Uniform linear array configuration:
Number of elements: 48
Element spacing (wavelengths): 0.5
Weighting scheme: kaiser
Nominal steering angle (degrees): -15
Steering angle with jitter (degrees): -15.946
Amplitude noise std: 0.05
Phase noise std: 0.05

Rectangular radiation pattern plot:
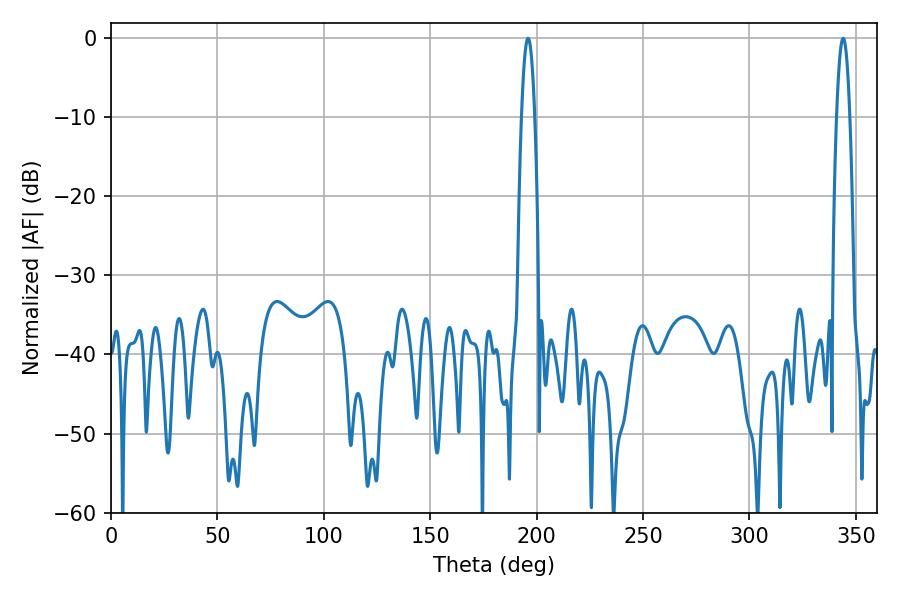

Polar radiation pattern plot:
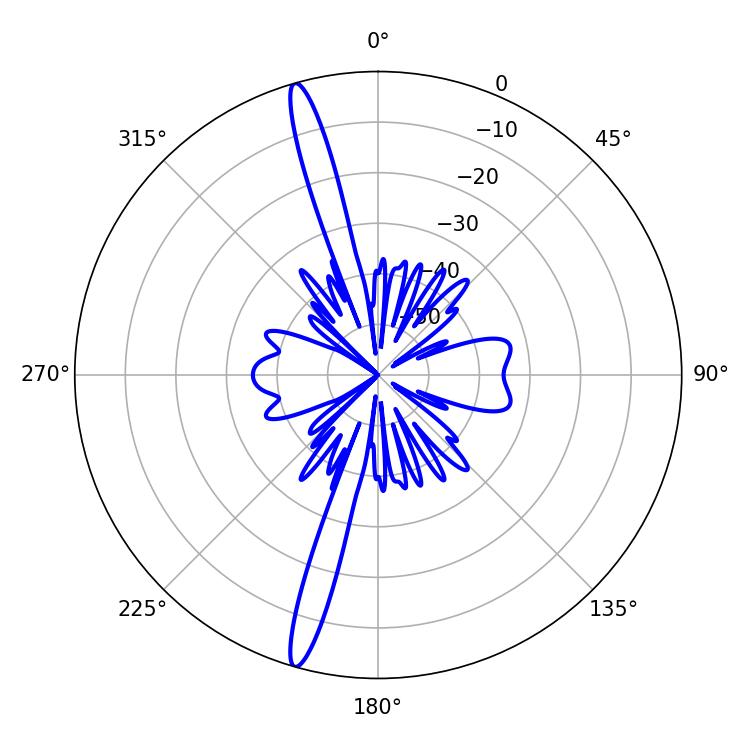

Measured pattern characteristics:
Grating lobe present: FALSE
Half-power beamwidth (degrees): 3.42
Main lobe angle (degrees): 343.98